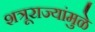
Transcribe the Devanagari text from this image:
शत्रूराज्यांमुळे